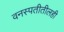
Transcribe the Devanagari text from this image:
वनस्पतीतीलही